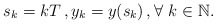
\begin{align*}s_k=kT \,, y_k=y(s_k) \,, \forall \ k \in \mathbb{N}.\end{align*}